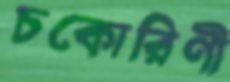
চকোরিণী